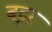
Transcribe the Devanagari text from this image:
बट्टर